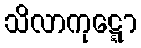
သိလာကုဋ္ဋော